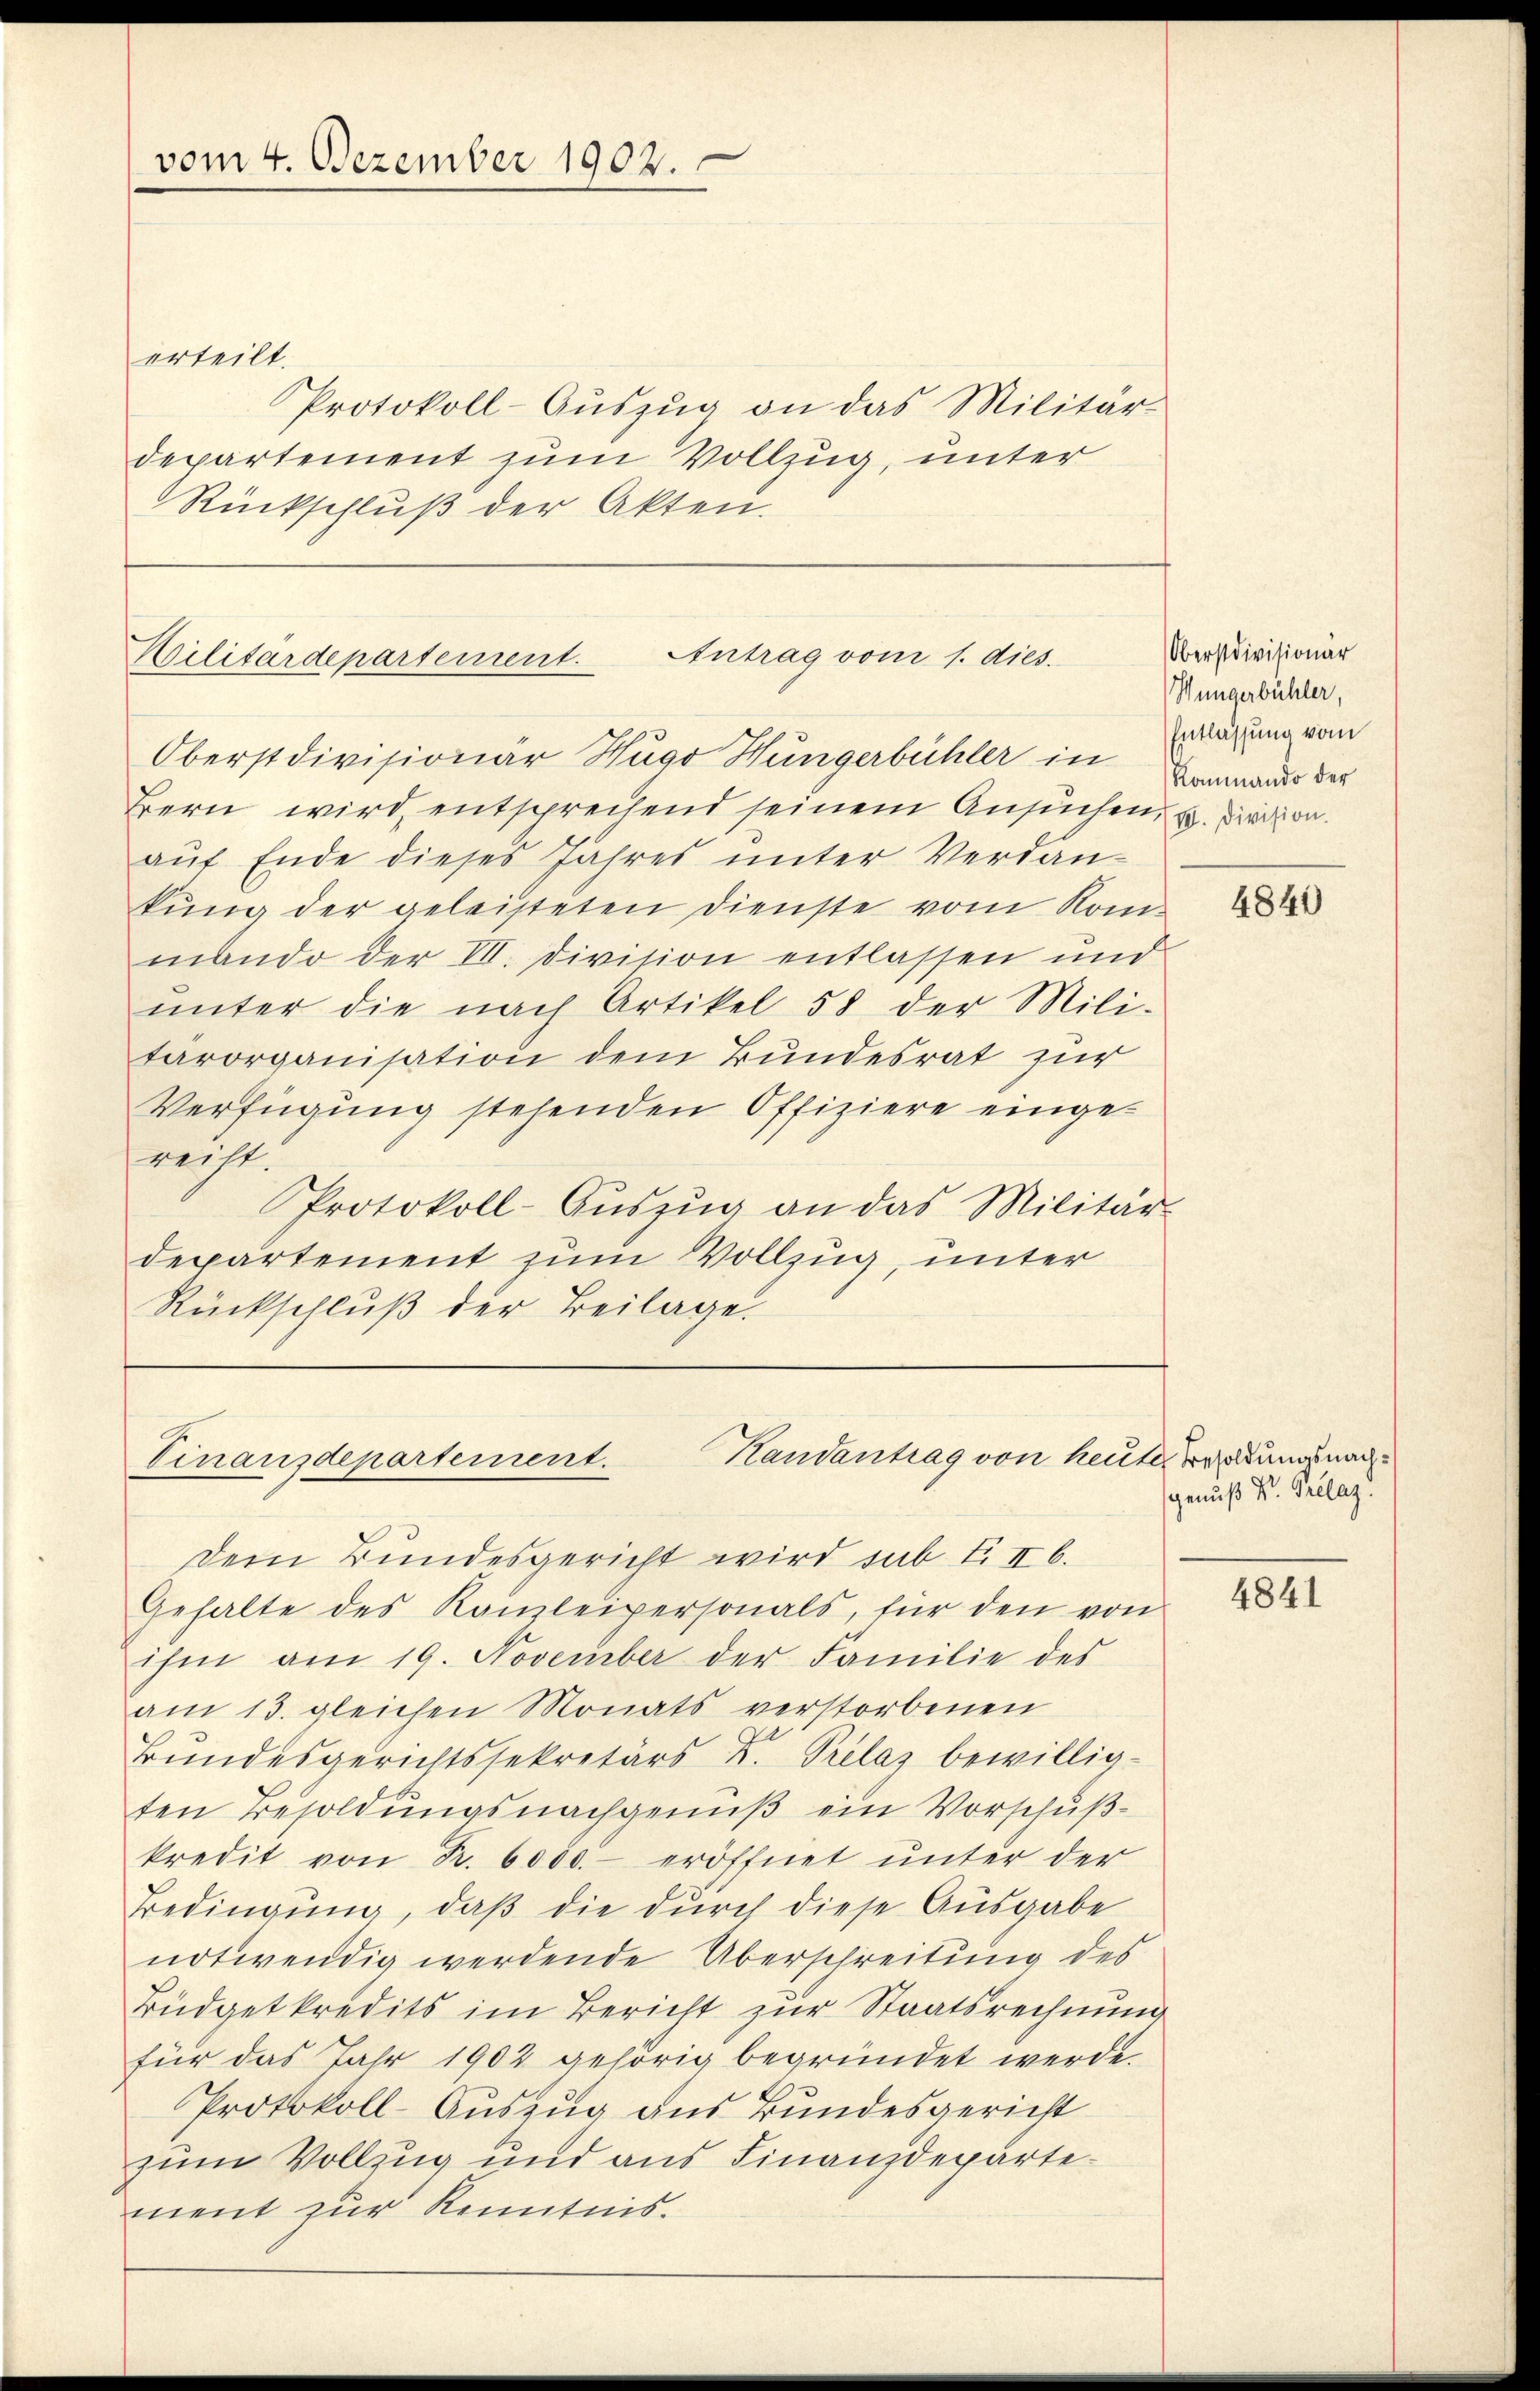
vom 4. Dezember 1902.

erteilt.
Protokoll-Aŭszŭg an das Militär-
departement zum Vollzug, unter
Rückschluß der Akten.

Bern wird, entsprechend seinem Ansuchen, u. dirition.
aŭf Ende dieses Jahres ŭnter Verdan-
kung der geleisteten Dienste vom Kommando der VII. Division entlassen und
ŭnter die nach Artikel 58 der Mili-
tärorganisation dem Bundesrat zur
Verfügung stehenden Offiziere eingereilt.
Protokoll-Aŭszŭg an das Militär-
departement zum Vollzug, unter
Rückschluß der Beilage.

Dem Bundesgericht wird sub III 6.
Gehalte des Kanzleipersonals, für den von
ihm am 19. November der Familie des
am 13. gleichen Monats verstorbenen
d
Bundesgerichtssekretärs u. Prelaz bewilligten Besoldungsnachgenuß ein Vorschußkredit von Fr. 6000.- eröffnet unter der
Bedingung, daß die durch diese Ausgabe
notwendig werdende Überschreitung des
Büdgetkredits im Bericht zur Staatsrechnung
für das Jahr 1902 gehörig begründet werde.
Protokoll-Auszug aus Bundesgericht
zum Vollzug und aus Finanzdepartement zur Kenntnis.

Militärdepartement. Antrag vom 1. dies.
Oberstdivisionär Hugo Hungerbühler in

Kandantrag von heute Bradungsnach¬
Vinanzdepartement.

Oberstdivisionär
Wüngerbühler,
Entlassung vom
Rammando der

4840

genuß Dr. Pellaz.

4841